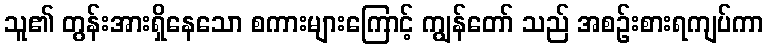
သူ၏ တွန်းအားရှိနေသော စကားများကြောင့် ကျွန်တော် သည် အစဉ်းစားရကျပ်ကာ